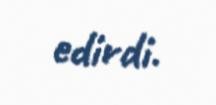
edirdi.